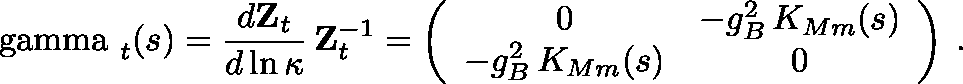
\mathrm { \boldmath ~ \ g a m m a ~ } _ { t } ( s ) = \frac { d { \mathbf Z } _ { t } } { d \ln \kappa } \, { \mathbf Z } _ { t } ^ { - 1 } = \left( \begin{array} { c c } { { 0 } } & { { - g _ { B } ^ { 2 } \, K _ { M m } ( s ) } } \\ { { - g _ { B } ^ { 2 } \, K _ { M m } ( s ) } } & { { 0 } } \end{array} \right) \: .